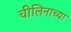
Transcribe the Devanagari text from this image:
चीलिनाच्या